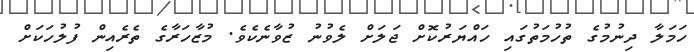
ހަމަލާ ދިނުމުގެ ތުހުމަތުގައި ހައްޔަރުކޮށް ޖަލަށް ލެވުނު ޒުވާނެކެވެ. މުޒާހަރާގެ ތެރެއިން ފުލުހަކަށް